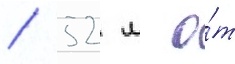
/ 52 м о́т